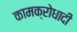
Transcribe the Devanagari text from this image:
कामक्रोधादी